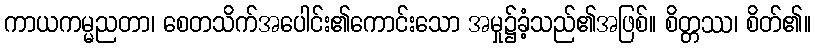
ကာယကမ္မညတာ၊ စေတသိက်အပေါင်း၏ကောင်းသော အမှု၌ခံ့သည်၏အဖြစ်။ စိတ္တဿ၊ စိတ်၏။